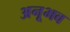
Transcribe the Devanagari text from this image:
अनूभव